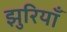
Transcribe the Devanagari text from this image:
झुरियाँ